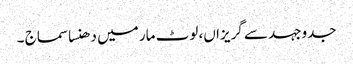
جدوجہد سے گریزاں، لوٹ مار میں دھنسا سماج ۔